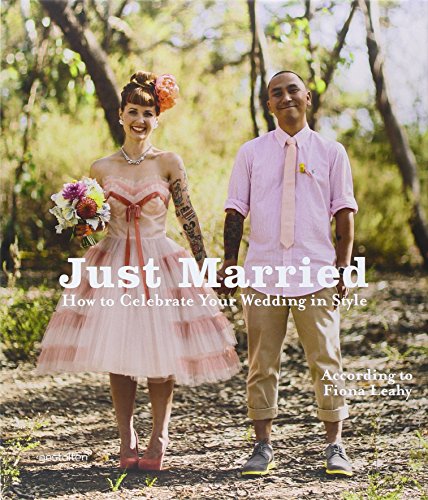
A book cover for Just Married: How to Celebrate Your Wedding in Style; Crafts, Hobbies & Home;